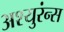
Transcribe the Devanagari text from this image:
अश्युरंन्स